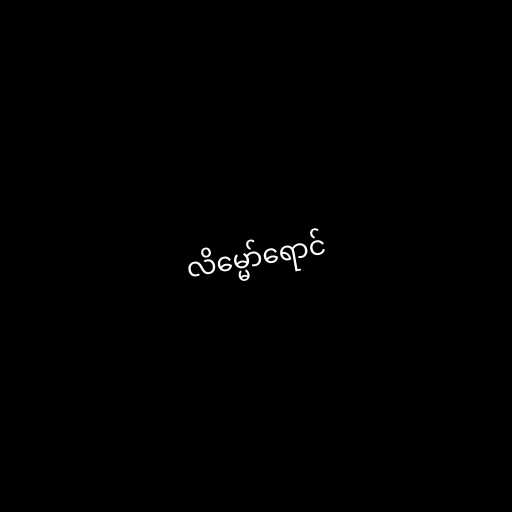
လိမ္မော်ရောင်